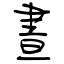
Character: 晝